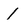
Character: 1